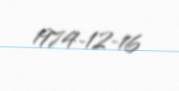
1974-12-16